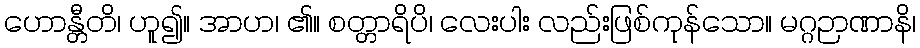
ဟောန္တီတိ၊ ဟူ၍။ အာဟ၊ ၏။ စတ္တာရိပိ၊ လေးပါး လည်းဖြစ်ကုန်သော။ မဂ္ဂဉာဏာနိ၊